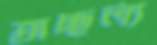
তাচ্ছল্য